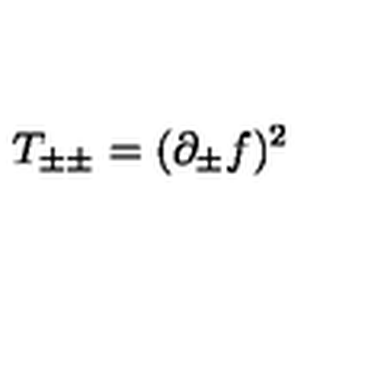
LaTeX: \: T _ { \pm \pm } = ( \partial _ { \pm } f ) ^ { 2 } \: